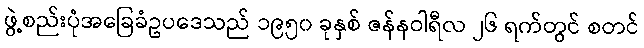
ဖွဲ့စည်းပုံအခြေခံဥပဒေသည် ၁၉၅၀ ခုနှစ် ဇန်နဝါရီလ ၂၆ ရက်တွင် စတင်